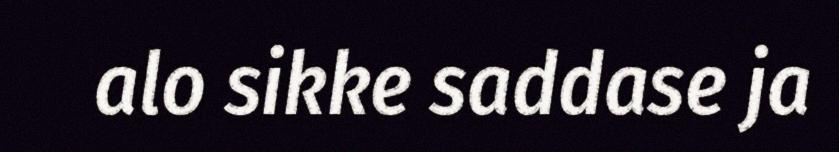
alo sikke saddase ja